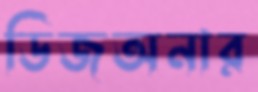
ডিজঅনার